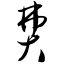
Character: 费